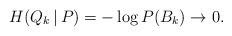
LaTeX: \begin{align*}H(Q_k\,|\,P) = -\log P(B_k) \to 0.\end{align*}